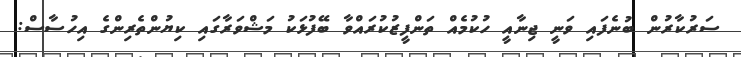
ސަރުކާރުން ބުނެފައި ވަނީ ޖިނާއީ ހުކުމެއް ތަންފީޒުކުރައްވާ ބޭފުޅަކު މަޝްވަރާގައި ކިޔުންތެރިންގެ އިހުސާސް: